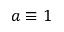
a \equiv 1